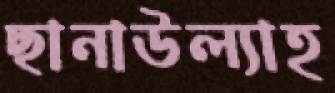
ছানাউল্যাহ